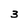
Character: 3